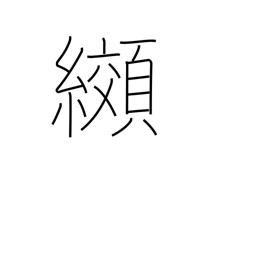
Meaning: tie-dyeing